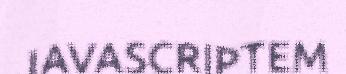
JAVASCRIPTEM